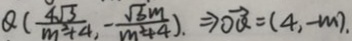
Q ( \frac { 4 \sqrt { 3 } } { m ^ { 2 } + 4 } , \frac { \sqrt { 3 } m } { m ^ { 2 } + 4 } ) , \rightarrow \overrightarrow { O Q } = ( 4 , - m ) .